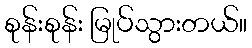
စုန်းစုန်း မြုပ်သွားတယ်။